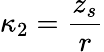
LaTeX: \kappa_{2}=\frac{z_{s}}r